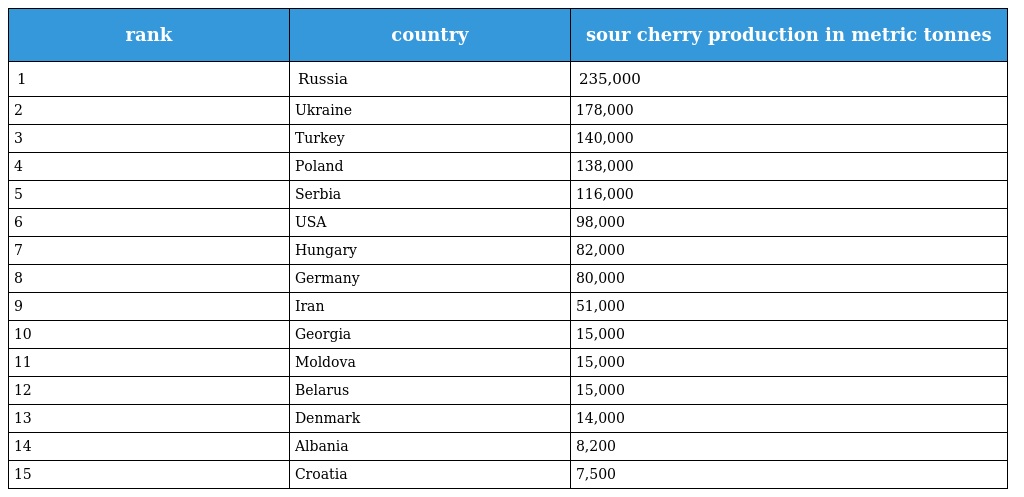
| rank | country | sour cherry production in metric tonnes |
 | --- | --- | --- |
 | 1 | Russia | 235,000 |
 | 2 | Ukraine | 178,000 |
 | 3 | Turkey | 140,000 |
 | 4 | Poland | 138,000 |
 | 5 | Serbia | 116,000 |
 | 6 | USA | 98,000 |
 | 7 | Hungary | 82,000 |
 | 8 | Germany | 80,000 |
 | 9 | Iran | 51,000 |
 | 10 | Georgia | 15,000 |
 | 11 | Moldova | 15,000 |
 | 12 | Belarus | 15,000 |
 | 13 | Denmark | 14,000 |
 | 14 | Albania | 8,200 |
 | 15 | Croatia | 7,500 |